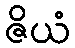
ဇိယံ